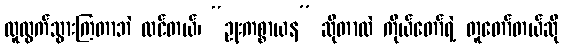
လူထွက်သွားကြတာဘဲ ထင်တယ်၊ “ဥုးကစ္စာယန” ဆိုတာလဲ ကိုယ်တော်ရဲ့ တူတော်တယ်ဆို